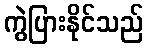
ကွဲပြားနိုင်သည်